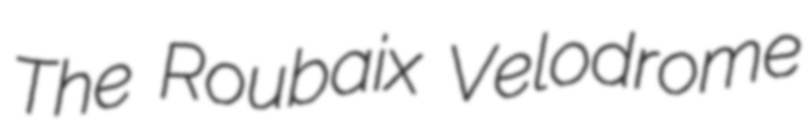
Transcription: The Roubaix Velodrome